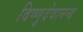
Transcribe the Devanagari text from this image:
विष्णुदेवानन्द